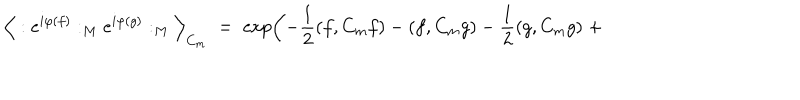
LaTeX: \Big \langle : e ^ { i \varphi ( f ) } : _ { M } e ^ { i \varphi ( g ) } : _ { M } \Big \rangle _ { C _ { m } } \; = \; \exp \left( - \frac { 1 } { 2 } ( f , C _ { m } f ) - ( f , C _ { m } g ) - \frac { 1 } { 2 } ( g , C _ { m } g ) \; + \right.